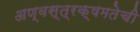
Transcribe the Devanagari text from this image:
अण्वस्त्रक्षमतेची